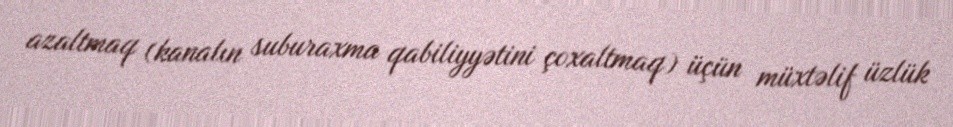
azaltmaq (kanalın suburaxma qabiliyyətini çoxaltmaq) üçün müxtəlif üzlük